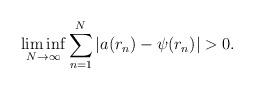
LaTeX: \begin{align*} \liminf_{N \to \infty} \sum_{n=1}^N |a(r_n) - \psi(r_n)| > 0. \end{align*}